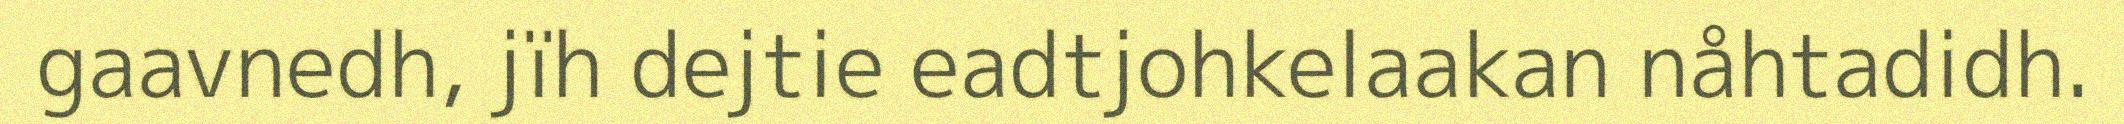
gaavnedh, jïh dejtie eadtjohkelaakan nåhtadidh.